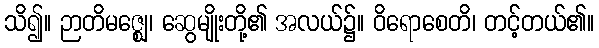
သိ၍။ ဉာတိမဇ္ဈေ၊ ဆွေမျိုးတို့၏ အလယ်၌။ ဝိရောစေတိ၊ တင့်တယ်၏။